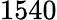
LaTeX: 1540